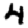
Digit: 4